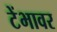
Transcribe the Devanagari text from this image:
टेंभावर